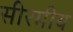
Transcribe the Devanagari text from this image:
सीरमीय